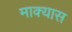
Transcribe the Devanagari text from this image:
माक्यास